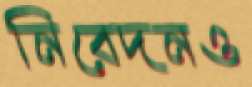
নিবেদনও